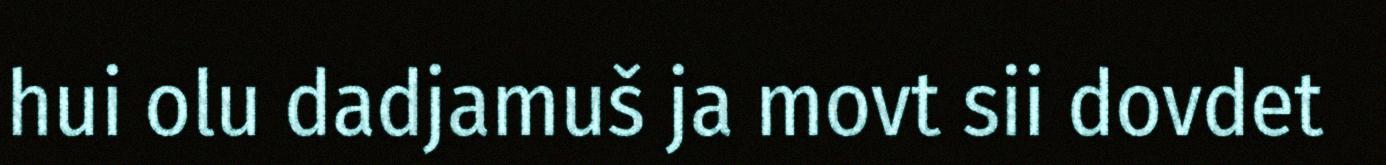
hui olu dadjamuš ja movt sii dovdet